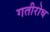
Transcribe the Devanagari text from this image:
गतीरोध